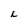
Character: L